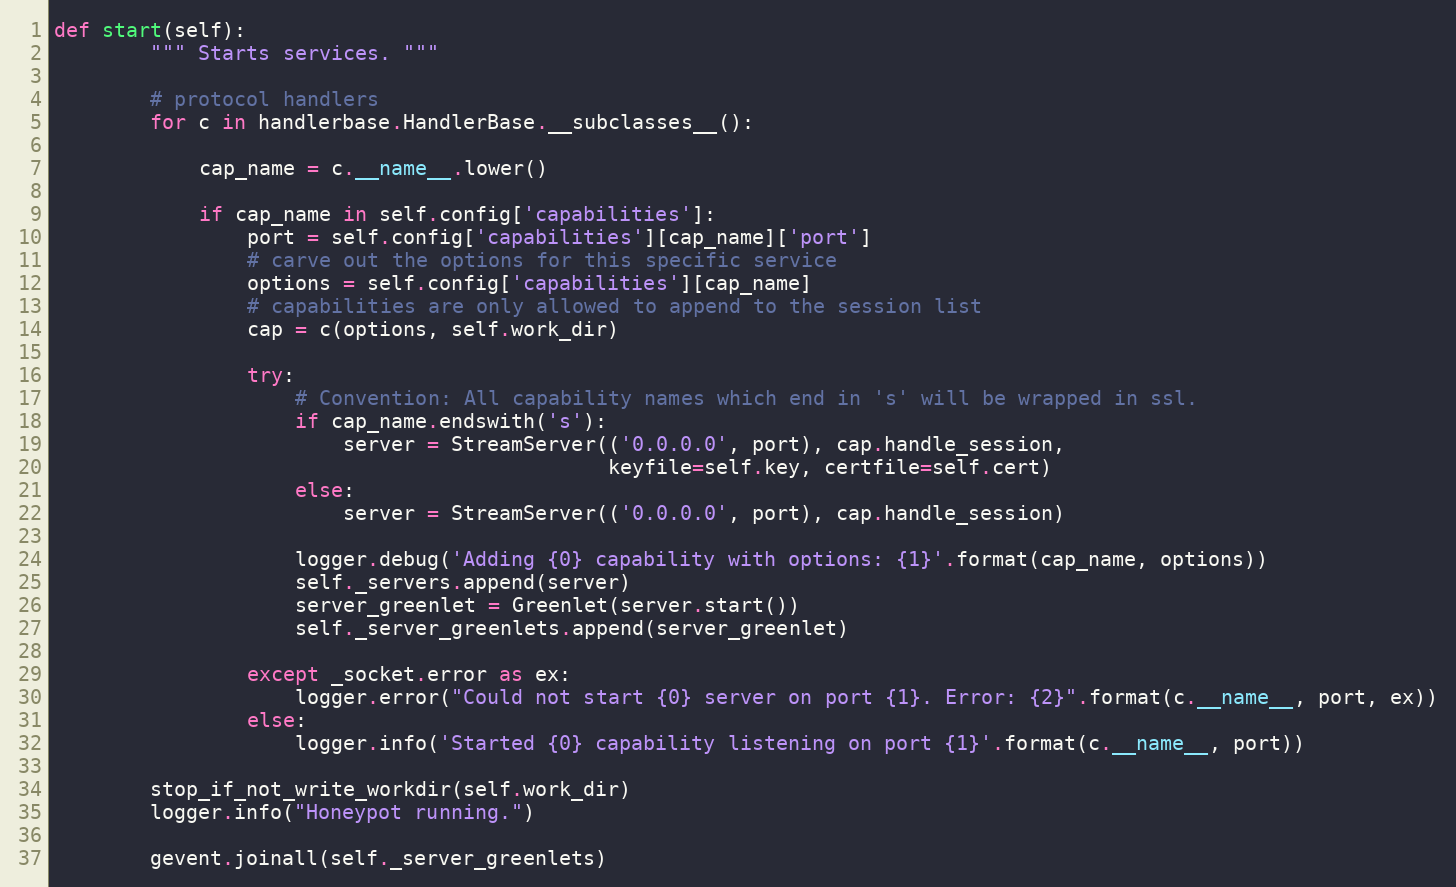
Language: Python
def start(self):
        """ Starts services. """

        # protocol handlers
        for c in handlerbase.HandlerBase.__subclasses__():

            cap_name = c.__name__.lower()

            if cap_name in self.config['capabilities']:
                port = self.config['capabilities'][cap_name]['port']
                # carve out the options for this specific service
                options = self.config['capabilities'][cap_name]
                # capabilities are only allowed to append to the session list
                cap = c(options, self.work_dir)

                try:
                    # Convention: All capability names which end in 's' will be wrapped in ssl.
                    if cap_name.endswith('s'):
                        server = StreamServer(('0.0.0.0', port), cap.handle_session,
                                              keyfile=self.key, certfile=self.cert)
                    else:
                        server = StreamServer(('0.0.0.0', port), cap.handle_session)

                    logger.debug('Adding {0} capability with options: {1}'.format(cap_name, options))
                    self._servers.append(server)
                    server_greenlet = Greenlet(server.start())
                    self._server_greenlets.append(server_greenlet)

                except _socket.error as ex:
                    logger.error("Could not start {0} server on port {1}. Error: {2}".format(c.__name__, port, ex))
                else:
                    logger.info('Started {0} capability listening on port {1}'.format(c.__name__, port))

        stop_if_not_write_workdir(self.work_dir)
        logger.info("Honeypot running.")

        gevent.joinall(self._server_greenlets)